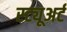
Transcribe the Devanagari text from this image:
स्ट्यूअर्ट